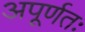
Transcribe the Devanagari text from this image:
अपूर्णतः